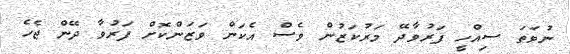
ނުވަތަ ސިއްހީ ފަރުވާދޭ މަރުކަޒުން ވެސް އެކަން ވަޒަންކޮށް ފަރުވާ ދޭން ޖެހެ